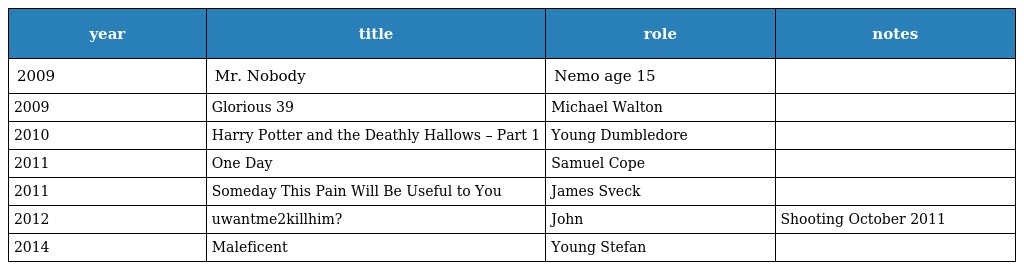
| year | title | role | notes |
 | --- | --- | --- | --- |
 | 2009 | Mr. Nobody | Nemo age 15 |  |
 | 2009 | Glorious 39 | Michael Walton |  |
 | 2010 | Harry Potter and the Deathly Hallows – Part 1 | Young Dumbledore |  |
 | 2011 | One Day | Samuel Cope |  |
 | 2011 | Someday This Pain Will Be Useful to You | James Sveck |  |
 | 2012 | uwantme2killhim? | John | Shooting October 2011 |
 | 2014 | Maleficent | Young Stefan |  |